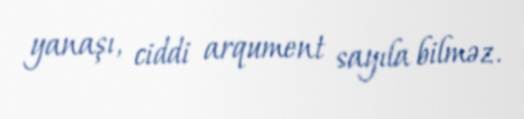
yanaşı, ciddi arqument sayıla bilməz.